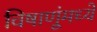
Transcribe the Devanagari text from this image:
विषाणूंमध्ये